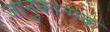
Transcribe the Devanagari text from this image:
जानुकात्मक